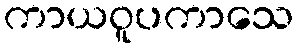
ကာယဝူပကာသေ